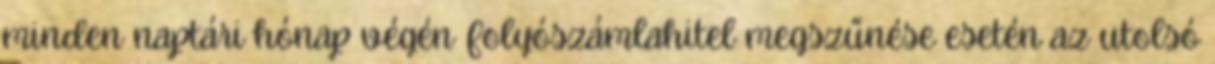
minden naptári hónap végén Folyószámlahitel megszűnése esetén az utolsó